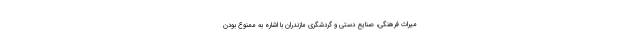
میراث فرهنگی، صنایع دستی و گردشگری مازندران با اشاره به ممنوع بودن